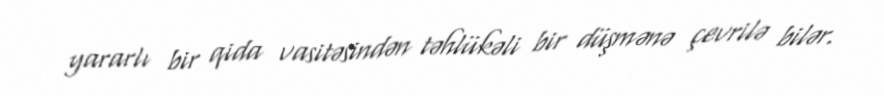
yararlı bir qida vasitəsindən təhlükəli bir düşmənə çevrilə bilər.